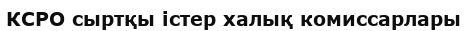
КСРО сыртқы істер халық комиссарлары